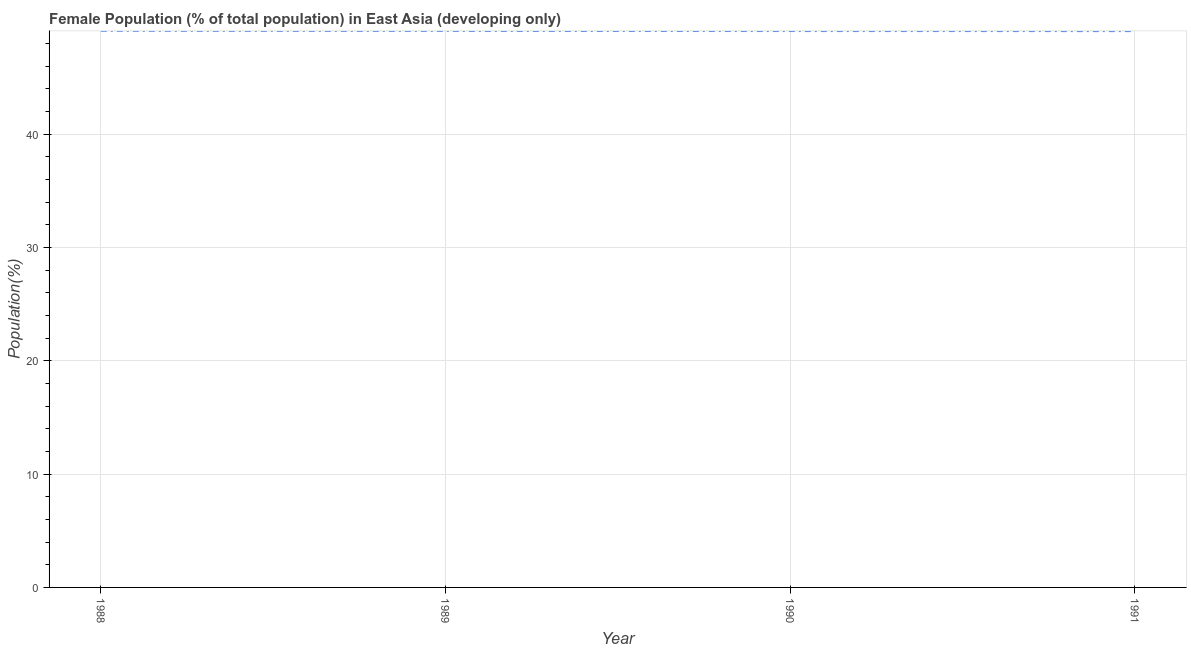
| Year | Female |
 | --- | --- |
 | 1988 | 49.1 |
 | 1989 | 49.1 |
 | 1990 | 49.1 |
 | 1991 | 49.1 |